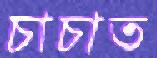
চাচাত